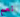
نعم